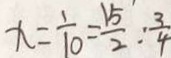
x = \frac { 1 } { 1 0 } = \frac { 1 5 } { 2 } : \frac { 3 } { 4 }